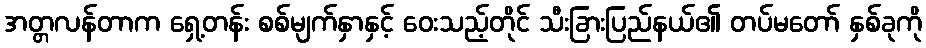
အတ္တလန်တာက ရှေ့တန်း စစ်မျက်နှာနှင့် ဝေးသည့်တိုင် သီးခြားပြည်နယ်၏ တပ်မတော် နှစ်ခုကို